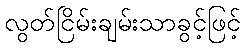
လွတ်ငြိမ်းချမ်းသာခွင့်ဖြင့်